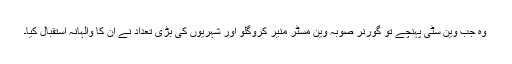
وہ جب وین سٹی پہنچے تو گورنر صوبہ وین مسٹر منیر کروگلو اور شہریوں کی بڑی تعداد نے اُن کا والہانہ استقبال کیا۔